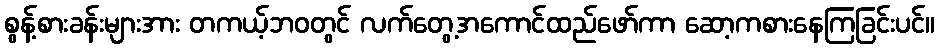
စွန့်စားခန်းများအား တကယ့်ဘဝတွင် လက်တွေ့အကောင်ထည်ဖော်ကာ ဆော့ကစားနေကြခြင်းပင်။